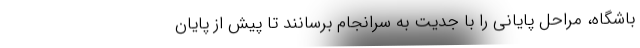
باشگاه، مراحل پایانی را با جدیت به سرانجام برسانند تا پیش از پایان